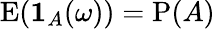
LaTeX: \operatorname{E}(\mathbf{1}_{A}(\omega))=\operatorname{P}(A)